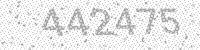
Solution: 442475